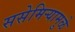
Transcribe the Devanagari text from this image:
ससेमिऱ्यामुळे